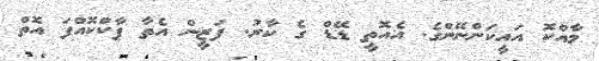
މާއްކޮ އައީކަންނޭންގެ. އެއޮތީ ޑޭޑް ގެ ކާރު. ފަޒީން އެތާ ޕާކްކޮއްފަ އޮތް